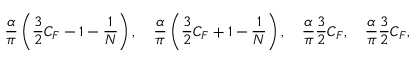
\frac { \alpha } { \pi } \left( \frac { 3 } { 2 } C _ { F } - 1 - \frac { 1 } { N } \right) , \quad \frac { \alpha } { \pi } \left( \frac { 3 } { 2 } C _ { F } + 1 - \frac { 1 } { N } \right) , \quad \frac { \alpha } { \pi } \frac { 3 } { 2 } C _ { F } , \quad \frac { \alpha } { \pi } \frac { 3 } { 2 } C _ { F } ,